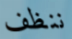
ننظف